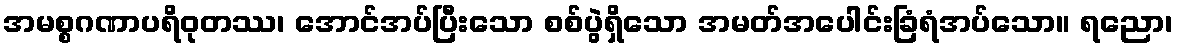
အမစ္စဂဏာပရိဝုတဿ၊ အောင်အပ်ပြီးသော စစ်ပွဲရှိသော အမတ်အပေါင်းခြံရံအပ်သော။ ရညော၊